Calcutta medical institutions reports 1871-78
Year: 1871
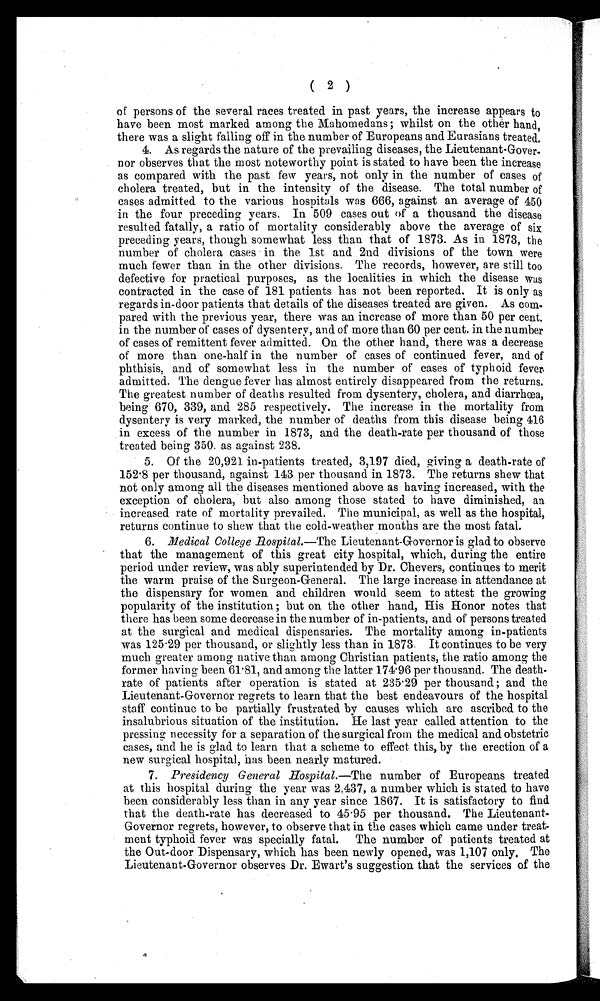
( 2 )
of persons of the several races treated in past years, the increase appears to
have been most marked among the Mahomedans; whilst on the other hand,
there was a slight falling off in the number of Europeans and Eurasians treated.
4. As regards the nature of the prevailing diseases, the Lieutenant-Gover-
nor observes that the most noteworthy point is stated to have been the increase
as compared with the past few years, not only in the number of cases of
cholera treated, but in the intensity of the disease. The total number of
cases admitted to the various hospitals was 666, against an average of 450
in the four preceding years. In 509 cases out of a thousand the disease
resulted fatally, a ratio of mortality considerably above the average of six
preceding years, though somewhat less than that of 1873. As in 1873, the
number of cholera cases in the 1st and 2nd divisions of the town were
much fewer than in the other divisions. The records, however, are still too
defective for practical purposes, as the localities in which the disease was
contracted in the case of 181 patients has not been reported. It is only as
regards in-door patients that details of the diseases treated are given. As
c o m - p a r e d w i t h t h e p r e v i o u s y e a r , t h e r e w a s a n i n c r e a s e o f m o r e t h a n 5 0 p e r c e n t .
in the number of cases of dysentery, and of more than 60 per cent. in the number
of cases of remittent fever admitted. On. the other hand, there was a decrease
of more than one-half in the number of cases of continued fever, and of
phthisis, and of somewhat less in the number of cases of typhoid fever
admitted. The dengue fever has almost entirely disappeared from the returns.
The greatest number of deaths resulted from dysentery, cholera, and diarrhœa,
being 670, 339, and 285 respectively. The increase in the mortality from
dysentery is very marked, the number of deaths from this disease being 416
in excess of the number in 1873, and the death-rate per thousand of those
treated being 350. as against 238.
5. Of the 20,921 in-patients treated, 3,197 died, giving a death-rate of
152.8 per thousand, against 143 per thousand in 1873. The returns shew that
not only among all the diseases mentioned above as having increased, with the
exception of cholera, but also among those stated to have diminished, an
increased rate of mortality prevailed. The municipal, as well as the hospital,
returns continue to shew that the cold-weather months are the most fatal.
6. Medical College Hospital.—The Lieutenant-Governor is glad to observe
that the management of this great city hospital, which, during the entire
period under review, was ably superintended by Dr. Chevers, continues to merit
the warm praise of the Surgeon-General. The large increase in attendance at
the dispensary for women and children would seem to attest the growing
popularity of the institution; but on the other hand, His Honor notes that
there has been some decrease in the number of in-patients, and of persons treated
at the surgical and medical dispensaries. The mortality among in-patients
was 125.29 per thousand, or slightly less than in 1873. It continues to be very
much greater among native than among Christian patients, the ratio among the
former having been 61.81, and among the latter 174.96 per thousand. The death-
rate of patients after operation is stated at 235.29 per thousand; and the
Lieutenant-Governor regrets to learn that the best endeavours of the hospital
staff continue to be partially frustrated by causes which are ascribed to the
insalubrious situation of the institution. He last year called attention to the
pressing necessity for a separation of the surgical from the medical and obstetric
cases, and he is glad to learn that a scheme to effect this, by the erection of a
new surgical hospital, has been nearly matured.
7. Presidency General Hospital .—The number of Europeans treated
at this hospital during the year was 2,437, a number which is stated to have
been considerably less than in any year since 1867. It is satisfactory to find
that the death-rate has decreased to 45.95 per thousand. The Lieutenant-
Governor regrets, however, to observe that in the cases which came under treat-
ment typhoid fever was specially fatal. The number of patients treated at
the Out-door Dispensary, which has been newly opened, was 1,107 only. The
Lieutenant-Governor observes Dr. Ewart's suggestion that the services of the